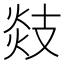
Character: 𢻑